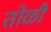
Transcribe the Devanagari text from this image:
तोळी